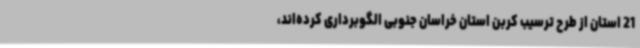
21 استان از طرح ترسیب کربن استان خراسان جنوبی الگوبرداری کرده‌اند،